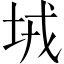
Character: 𡊸